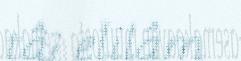
tâi elilâm